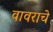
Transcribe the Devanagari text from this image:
वावराचे